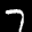
Label: 7